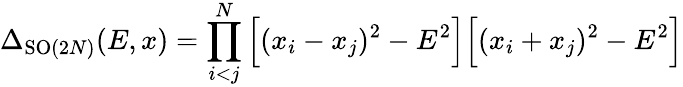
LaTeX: \Delta_{\mathrm{SO}(2N)}(E,x)=\prod_{i<j}^{N}\Big[(x_{i}-x_{j})^{2}-E^{2}\Big]\Big[(x_{i}+x_{j})^{2}-E^{2}\Big]